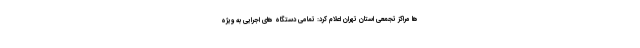
ها مراکز تجمعی استان تهران اعلام کرد: تمامی دستگاه های اجرایی به ویژه